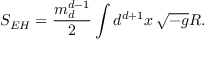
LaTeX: S _ { E H } = \frac { m _ { d } ^ { d - 1 } } { 2 } \int d ^ { d + 1 } x \, \sqrt { - g } R .